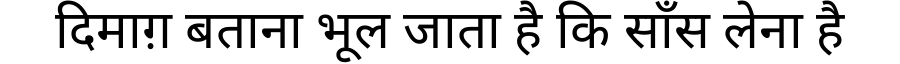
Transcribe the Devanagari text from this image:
दिमाग़ बताना भूल जाता है कि साँस लेना है